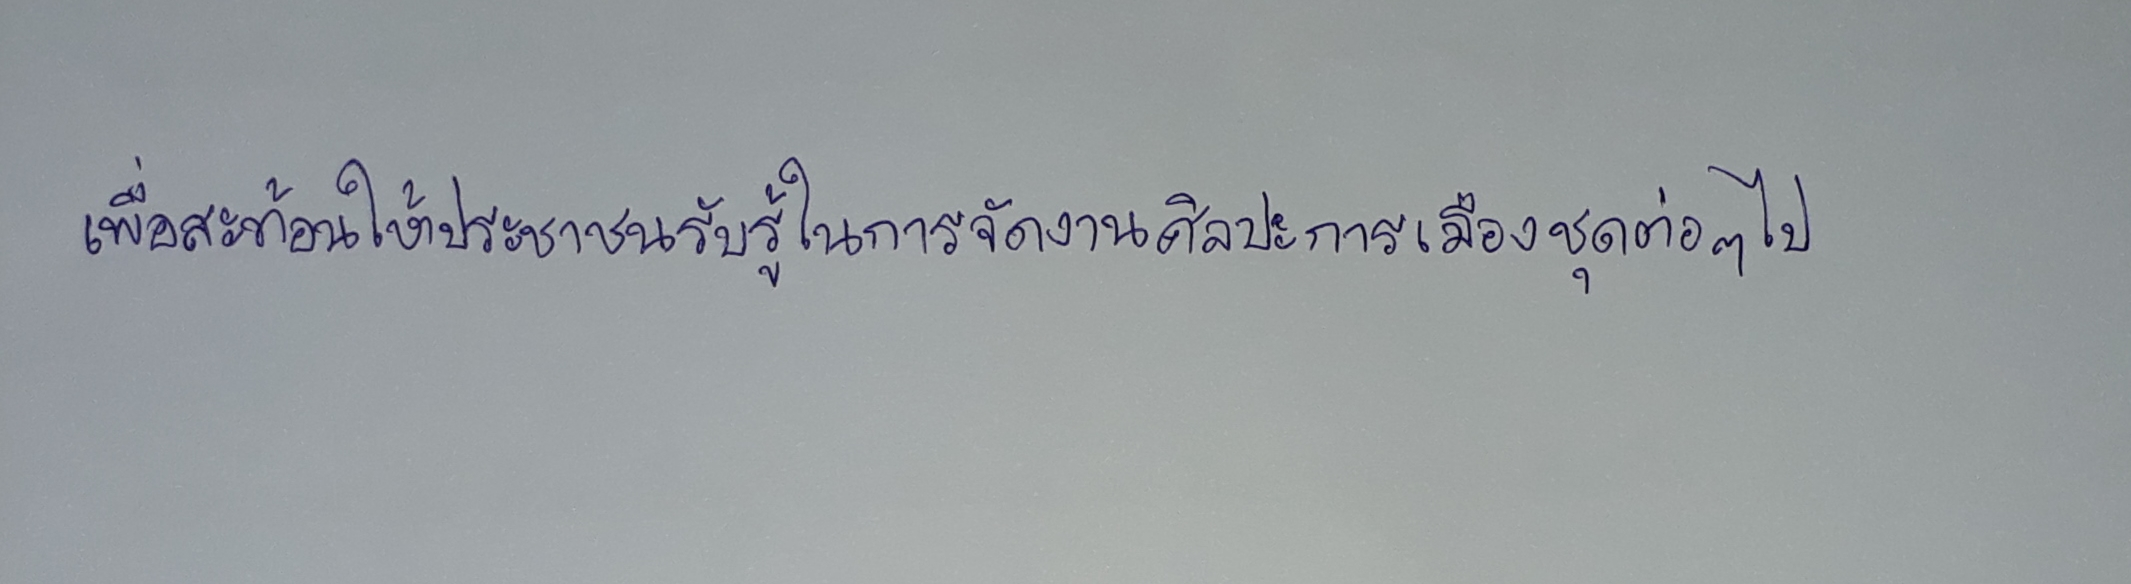
เพื่อสะท้อนให้ประชาชนรับรู้ในการจัดงานศิลปะการเมืองชุดต่อๆ ไป